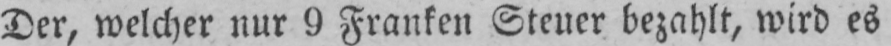
Der, welcher nur 9 Franken Steuer bezahlt, wird es